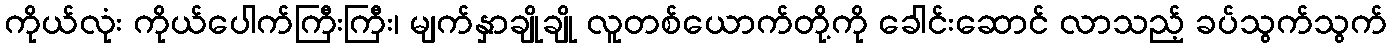
ကိုယ်လုံး ကိုယ်ပေါက်ကြီးကြီး၊ မျက်နှာချိုချို လူတစ်ယောက်တို့ကို ခေါင်းဆောင် လာသည့် ခပ်သွက်သွက်